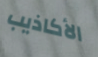
الأكاذيب